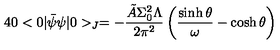
4 0 < 0 \vert \bar { \psi } \psi \vert 0 > _ { J } = - \frac { \tilde { A } \Sigma _ { 0 } ^ { 2 } \Lambda } { 2 \pi ^ { 2 } } \left( \frac { \sinh \theta } { \omega } - \cosh \theta \right)